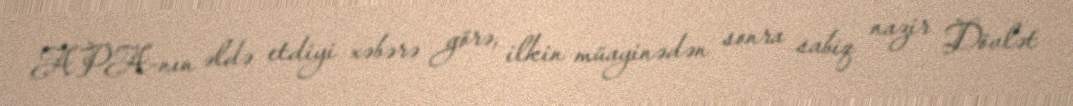
APA-nın əldə etdiyi xəbərə görə, ilkin müayinədən sonra sabiq nazir Dövlət